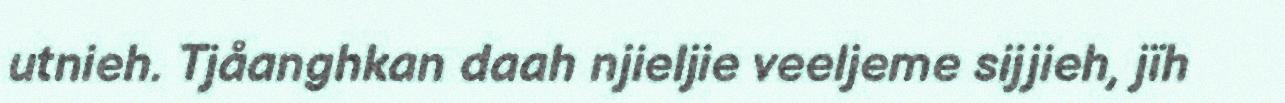
utnieh. Tjåanghkan daah njieljie veeljeme sijjieh, jïh